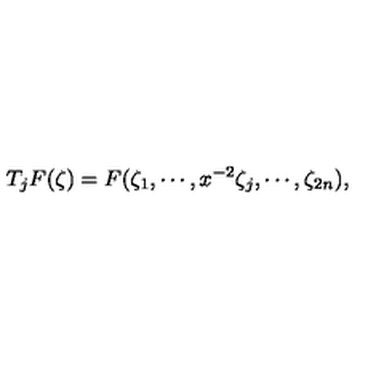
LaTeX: T _ { j } F ( \zeta ) = F ( \zeta _ { 1 } , \cdots , x ^ { - 2 } \zeta _ { j } , \cdots , \zeta _ { 2 n } ) ,